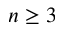
n \geq 3